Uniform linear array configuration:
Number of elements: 8
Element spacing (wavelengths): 0.75
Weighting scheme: uniform
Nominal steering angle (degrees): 30
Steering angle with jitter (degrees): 28.288
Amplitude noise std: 0.05
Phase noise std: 0.05

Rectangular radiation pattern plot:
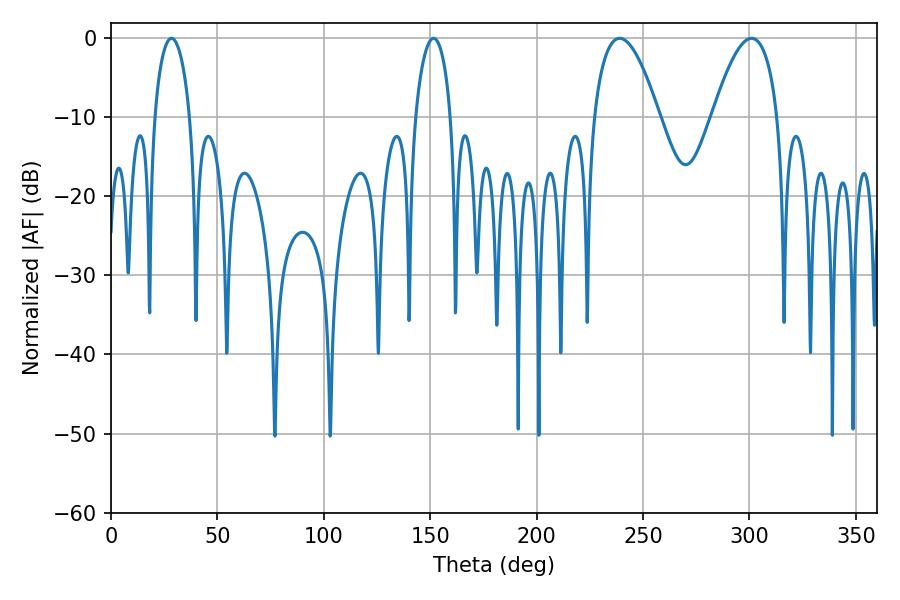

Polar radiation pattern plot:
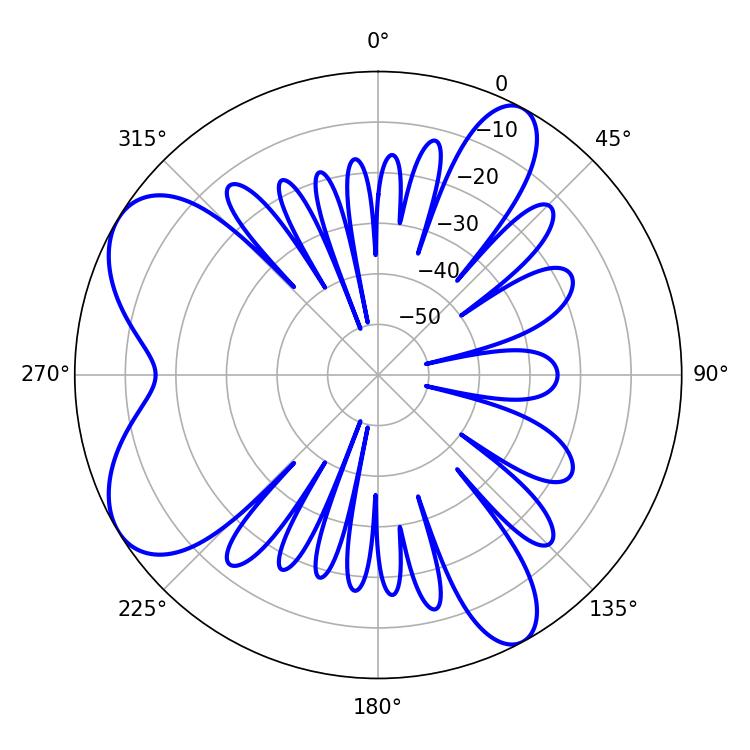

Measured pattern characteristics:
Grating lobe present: TRUE
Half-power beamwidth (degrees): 9.54
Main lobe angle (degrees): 28.44